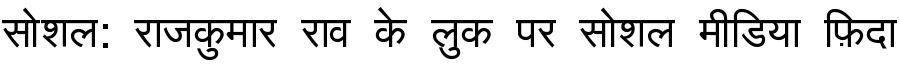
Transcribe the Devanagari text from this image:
सोशल: राजकुमार राव के लुक पर सोशल मीडिया फ़िदा